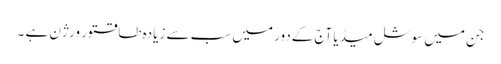
جن میں سوشل میڈیا آج کےدور میں سب سے زیادہ طاقتور ورژن ہے ۔